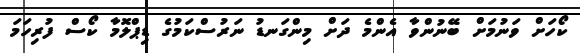
ކޯހަށް ވަނުމަށް ބޭނުންވާ އެންމެ ދަށް މިންގަނޑު ނަރުސްކަމުގެ ޑިޕްލޮމާ ކޯސް ފުރިހަމަ